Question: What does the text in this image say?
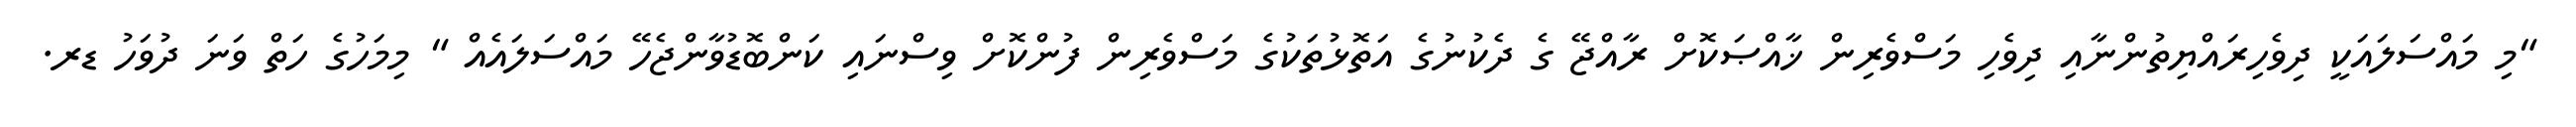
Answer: "މި މައްސަލައަކީ ދިވެހިރައްޔިތުންނާއި ދިވެހި މަސްވެރިން ޚާއްޞަކޮށް ރާއްޖޭ ގެ ދެކުނުގެ އަތޮޅުތަކުގެ މަސްވެރިން ފުންކޮށް ވިސްނައި ކަންބޮޑުވާންޖެހޭ މައްސަލައެއް " މިމަހުގެ ހަތް ވަނަ ދުވަހު ޑރ.